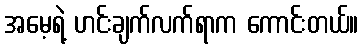
အမေ့ရဲ့ ဟင်းချက်လက်ရာက ကောင်းတယ်။